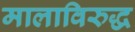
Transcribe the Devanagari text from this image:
मालाविरुद्ध